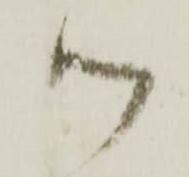
ツ